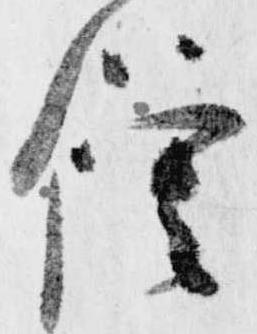
僧